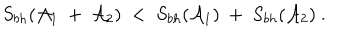
S _ { b h } ( { \cal A } _ { 1 } ~ + ~ { \cal A } _ { 2 } ) ~ < ~ S _ { b h } ( { \cal A } _ { 1 } ) ~ + ~ S _ { b h } ( { \cal A } _ { 2 } ) ~ .